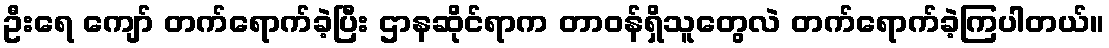
ဦးရေ ကျော် တက်ရောက်ခဲ့ပြီး ဌာနဆိုင်ရာက တာဝန်ရှိသူတွေလဲ တက်ရောက်ခဲ့ကြပါတယ်။